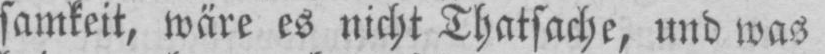
samkeit, wäre es nicht Thatsache, und was